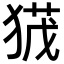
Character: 𭸙